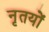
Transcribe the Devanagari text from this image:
नृतयों